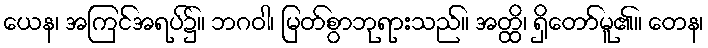
ယေန၊ အကြင်အရပ်၌။ ဘဂဝါ၊ မြတ်စွာဘုရားသည်။ အတ္ထိ၊ ရှိတော်မူ၏။ တေန၊